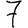
Digit: 7